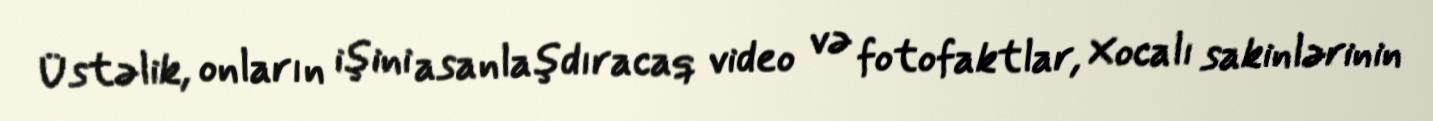
Üstəlik, onların işini asanlaşdıracaq video və fotofaktlar, Xocalı sakinlərinin